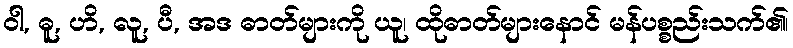
ဝါ, ဓူ, ဟိ, လူ, ပီ, အဒ ဓာတ်များကို ယူ၊ ထိုဓာတ်များနောင် မန်ပစ္စည်းသက်၏၊